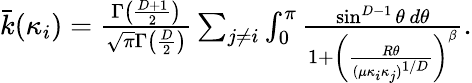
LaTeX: \begin{array}{r}{\bar{k}(\kappa_{i})=\frac{\Gamma\left(\frac{D+1}{2}\right)}{\sqrt{\pi}\Gamma\left(\frac{D}{2}\right)}\sum_{j\neq i}\int_{0}^{\pi}\frac{\sin^{D-1}\theta\, d\theta}{1+\left(\frac{R\theta}{(\mu\kappa_{i}\kappa_{j})^{1/D}}\right)^{\beta}}.}\end{array}